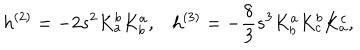
h ^ { ( 2 ) } = - 2 s ^ { 2 } K _ { a } ^ { b } K _ { b } ^ { a } , h ^ { ( 3 ) } = - \frac { 8 } { 3 } s ^ { 3 } K _ { b } ^ { a } K _ { c } ^ { b } K _ { a } ^ { c } ,